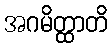
အဂမိတ္ထာတိ